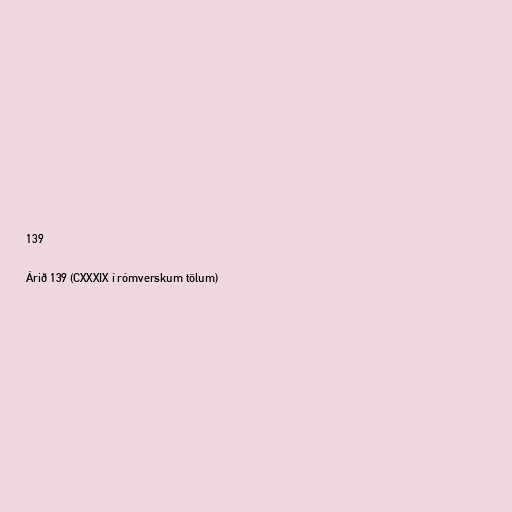
139

Árið 139 (CXXXIX í rómverskum tölum)